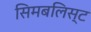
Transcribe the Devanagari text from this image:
सिमबलिस्ट